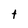
Character: t